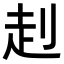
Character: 𧺈